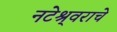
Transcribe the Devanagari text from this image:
नटेश्र्वराचे